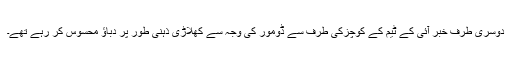
دوسری طرف خبر آئی کے ٹیم کے کوچزکی طرف سے ڈومور کی وجہ سے کھلاڑی ذہنی طور پر دباؤ محسوس کر رہے تھے۔